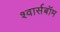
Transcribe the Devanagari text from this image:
श्वार्सबॉम